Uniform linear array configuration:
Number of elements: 16
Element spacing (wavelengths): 0.25
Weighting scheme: hamming
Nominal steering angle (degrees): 60
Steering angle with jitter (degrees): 61.739
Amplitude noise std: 0.05
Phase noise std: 0.05

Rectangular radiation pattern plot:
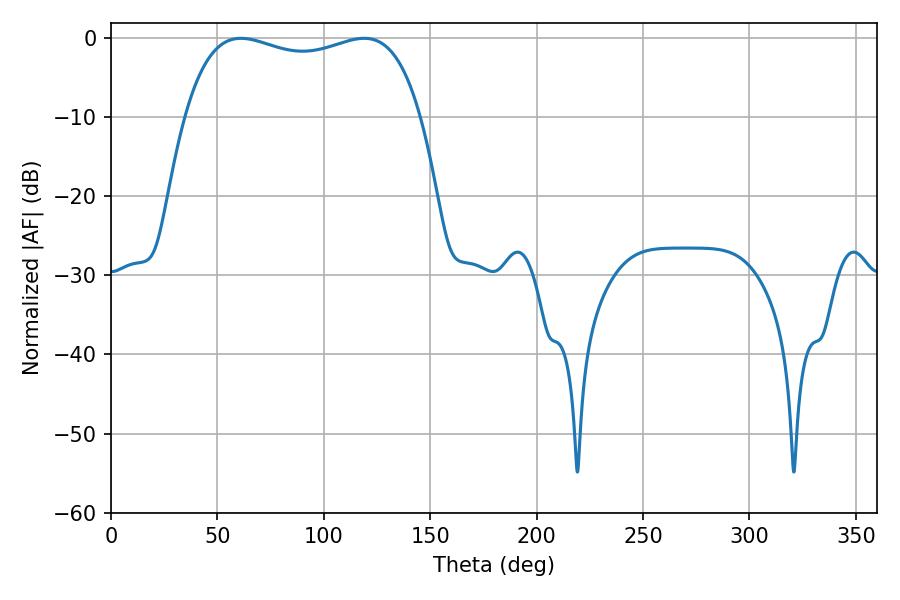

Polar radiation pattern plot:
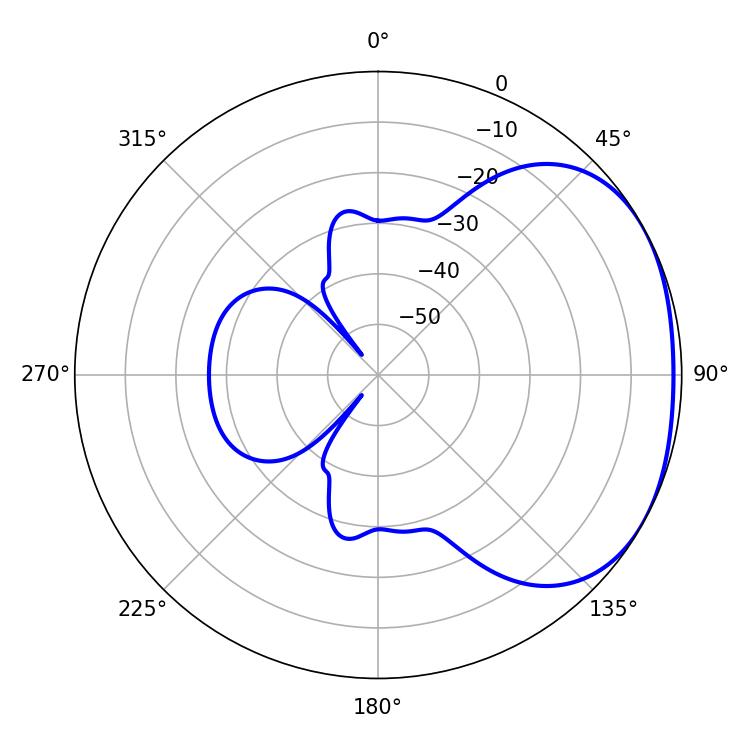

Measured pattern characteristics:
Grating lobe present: FALSE
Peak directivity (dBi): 2.066
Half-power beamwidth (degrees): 90.36
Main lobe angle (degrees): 61.02